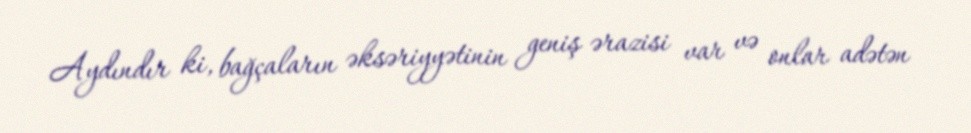
Aydındır ki, bağçaların əksəriyyətinin geniş ərazisi var və onlar adətən